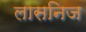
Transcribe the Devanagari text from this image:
लासनिज